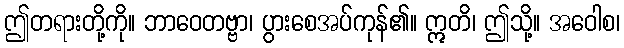
ဤတရားတို့ကို။ ဘာဝေတဗ္ဗာ၊ ပွားစေအပ်ကုန်၏။ ဣတိ၊ ဤသို့။ အဝေါစ၊